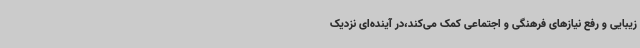
زیبایی و رفع نیازهای فرهنگی و اجتماعی کمک می‌کند،در آینده‌ای نزدیک